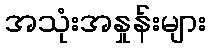
အသုံးအနှုန်းများ